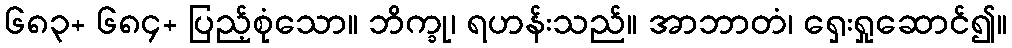
၆၈၃+ ၆၈၄+ ပြည့်စုံသော။ ဘိက္ခု၊ ရဟန်းသည်။ အာဘာတံ၊ ရှေးရှုဆောင်၍။